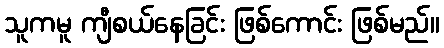
သူကမူ ကျီစယ်နေခြင်း ဖြစ်ကောင်း ဖြစ်မည်။